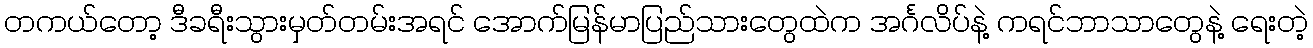
တကယ်တော့ ဒီခရီးသွားမှတ်တမ်းအရင် အောက်မြန်မာပြည်သားတွေထဲက အင်္ဂလိပ်နဲ့ ကရင်ဘာသာတွေနဲ့ ရေးတဲ့